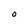
Character: 0